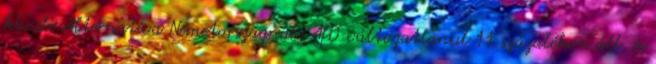
kívüli Alternatíva Németországnak AfD változatlanul 11 százalékon áll, és